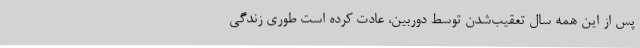
پس از این همه سال تعقیب‌شدن توسط دوربین، عادت کرده است طوری زندگی